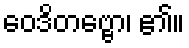
ဝေဒိတဗ္ဗော၊ ၏။